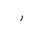
Letter: _ra